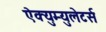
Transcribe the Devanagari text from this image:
ऐक्युम्युलेटर्स